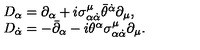
\begin{array} { l l } { D _ { \alpha } = \partial _ { \alpha } + i \sigma _ { \alpha \dot { \alpha } } ^ { \mu } \bar { \theta } ^ { \dot { \alpha } } \partial _ { \mu } , } \\ { D _ { \dot { \alpha } } = - \bar { \partial } _ { \alpha } - i \theta ^ { \alpha } \sigma _ { \alpha \dot { \alpha } } ^ { \mu } \partial _ { \mu } . } \\ \end{array}